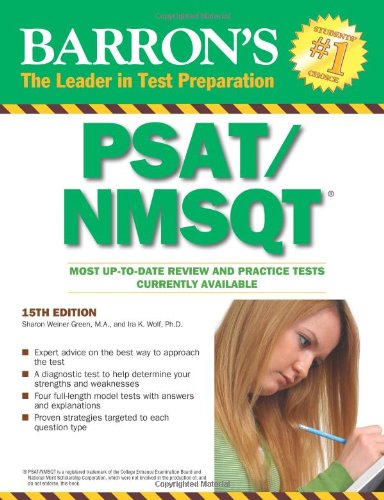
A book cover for Barron's PSAT/NMSQT; Sharon Weiner Green  M.A.; Test Preparation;